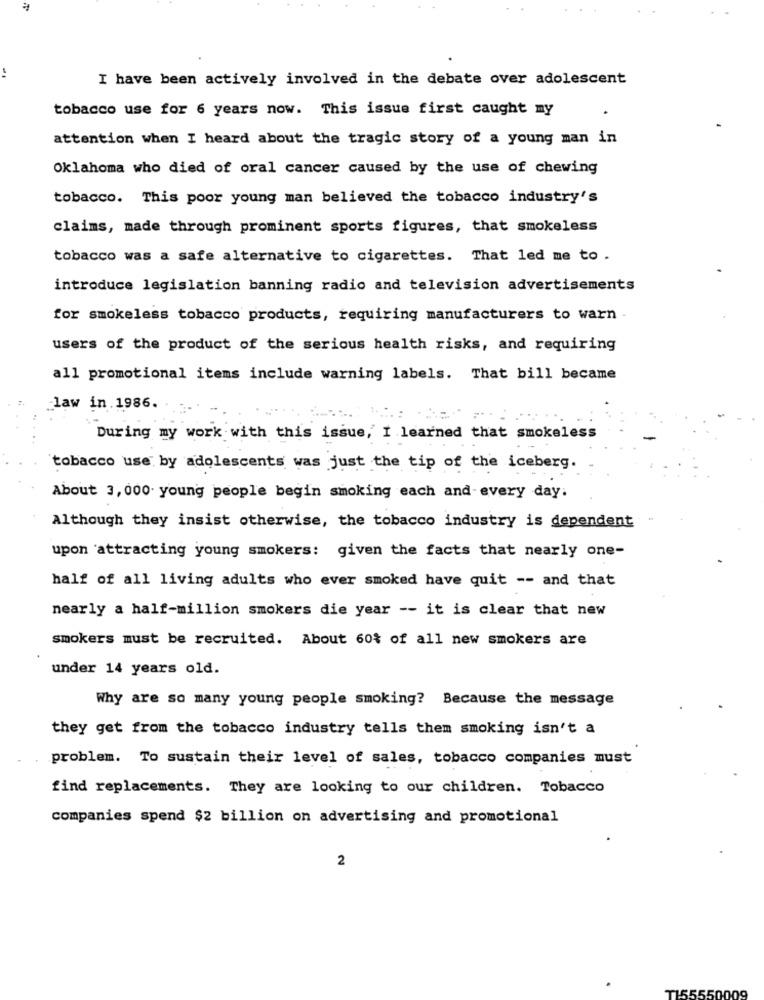
I have been actively involved in the debate over adolescent
tobacco use for 6 years now. This issue first caught my
attention when I heard about the tragic story of a young man in
Oklahoma who died of oral cancer caused by the use of chewing
tobacco. This poor young man believed the tobacco industry's
claims, made through prominent sports figures, that smokeless
tobacco was a safe alternative to cigarettes. That led me to .
introduce legislation banning radio and television advertisements
for smokeless tobacco products, requiring manufacturers to warn
users of the product of the serious health risks, and requiring
all promotional items include warning labels. That bill became
law in.1986.
. :
During my work with this issue, I learned that smokeless
tobacco use by adolescents was just the tip of the iceberg.
About 3,000 young people begin smoking each and every day:
Although they insist otherwise, the tobacco industry is dependent
upon 'attracting young smokers: given the facts that nearly one-
half of all living adults who ever smoked have quit -- and that
nearly a half-million smokers die year -- it is clear that new
smokers must be recruited. About 60% of all new smokers are
under 14 years old.
Why are so many young people smoking? Because the message
they get from the tobacco industry tells them smoking isn't a
problem. To sustain their level of sales, tobacco companies must
find replacements. They are looking to our children. Tobacco
companies spend $2 billion on advertising and promotional
2
5550